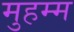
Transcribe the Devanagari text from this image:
मुहम्म